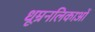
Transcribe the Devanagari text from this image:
धूम्रनलिकाओं